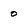
Character: 0